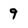
Character: 9